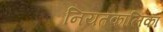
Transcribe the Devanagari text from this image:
नियतकालिका